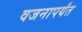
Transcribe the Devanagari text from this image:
वजनापर्यंत